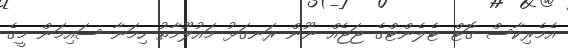
އެމެރިކާސް ގޮޓް ޓެލެންޓްގެ ޖަޖެއް ނޫން ރަނގަޅު މައުލޫމާތު ހިމަނާ ސައިމަން މީގެ